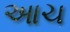
આચ